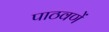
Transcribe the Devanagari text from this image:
पाठवणें